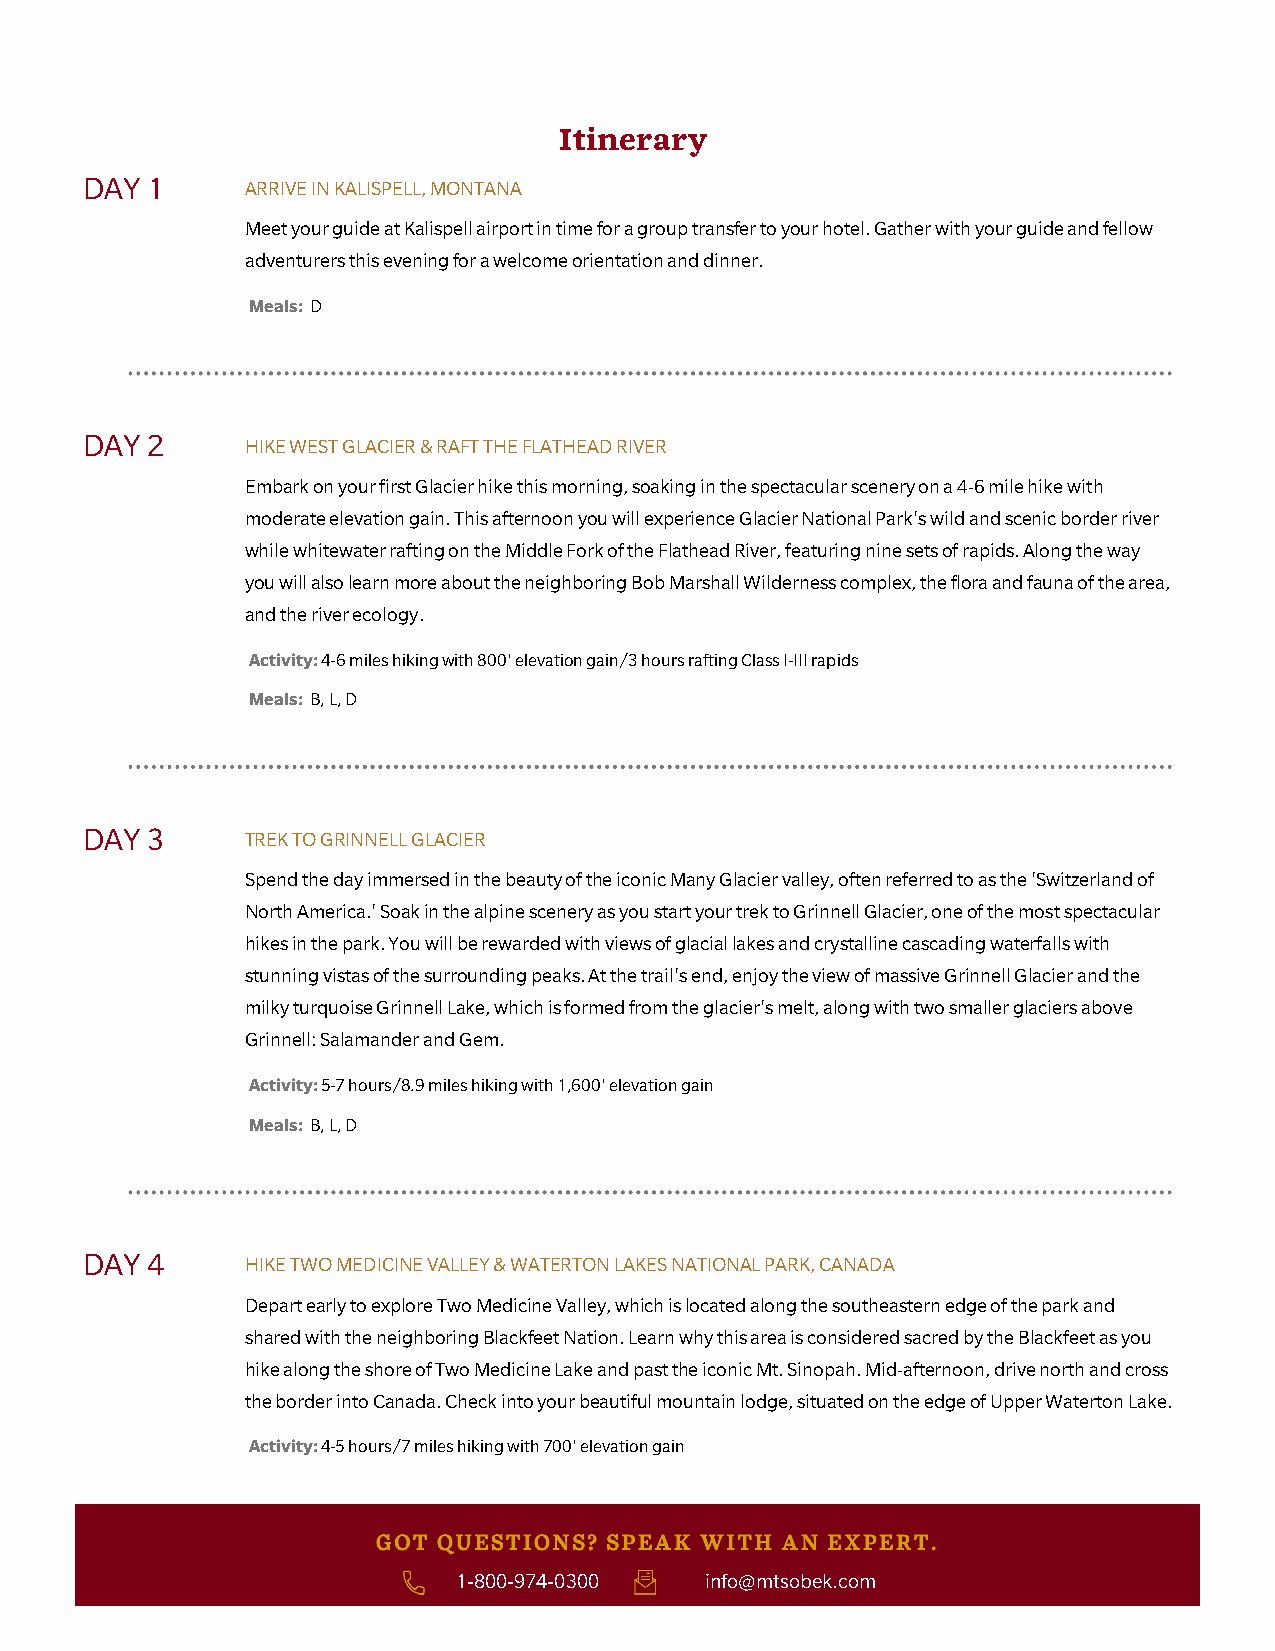
Itinerary
 DAY 1     ARRIVE IN KALISPELL, MONTANA
 Meet your guide at Kalispell airport in time for a group transfer to your hotel. Gather with your guide and fellow
 adventurers this evening for a welcome orientation and dinner.
 Meals: D
 DAY 2     HIKE WEST GLACIER & RAFT THE FLATHEAD RIVER
 Embark on your first Glacier hike this morning, soaking in the spectacular scenery on a 4-6 mile hike with
 moderate elevation gain. This afternoon you will experience Glacier National Park's wild and scenic border river
 while whitewater rafting on the Middle Fork of the Flathead River, featuring nine sets of rapids. Along the way
 you will also learn more about the neighboring Bob Marshall Wilderness complex, the flora and fauna of the area,
 and the river ecology.
 Activity: 4-6 miles hiking with 800' elevation gain/3 hours rafting Class I-III rapids
 Meals: B, L, D
 DAY 3     TREK TO GRINNELL GLACIER
 Spend the day immersed in the beauty of the iconic Many Glacier valley, often referred to as the 'Switzerland of
 North America.' Soak in the alpine scenery as you start your trek to Grinnell Glacier, one of the most spectacular
 hikes in the park. You will be rewarded with views of glacial lakes and crystalline cascading waterfalls with
 stunning vistas of the surrounding peaks. At the trail's end, enjoy the view of massive Grinnell Glacier and the
 milky turquoise Grinnell Lake, which is formed from the glacier's melt, along with two smaller glaciers above
 Grinnell: Salamander and Gem.
 Activity: 5-7 hours/8.9 miles hiking with 1,600' elevation gain
 Meals: B, L, D
 DAY 4     HIKE TWO MEDICINE VALLEY & WATERTON LAKES NATIONAL PARK, CANADA
 Depart early to explore Two Medicine Valley, which is located along the southeastern edge of the park and
 shared with the neighboring Blackfeet Nation. Learn why this area is considered sacred by the Blackfeet as you
 hike along the shore of Two Medicine Lake and past the iconic Mt. Sinopah. Mid-afternoon, drive north and cross
 the border into Canada. Check into your beautiful mountain lodge, situated on the edge of Upper Waterton Lake.
 Activity: 4-5 hours/7 miles hiking with 700' elevation gain
 1-800-974-0300   info@mtsobek.com